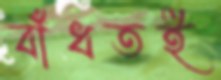
বাঁধতই